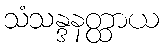
သံသန္ဒနတ္ထာယ